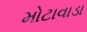
મોટાવાડા